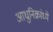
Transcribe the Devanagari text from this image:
आधुनिक्रांध्ये